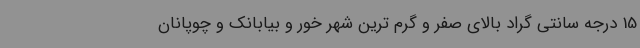
15 درجه سانتی گراد بالای صفر و گرم ترین شهر خور و بیابانک و چوپانان